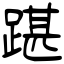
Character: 踸